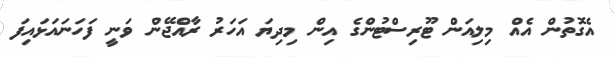
އެގޮތުން އެއް މިލިއަން ޓޫރިސްޓުންގެ އިން މިދިޔަ އަހަރު ރާއްޖޭން ވަނީ ފަހަނައަޅައިފަ